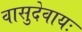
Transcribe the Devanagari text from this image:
वासुदेवायः